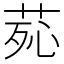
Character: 𦰸